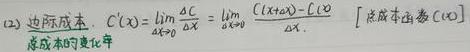
(2) 边际成本. $C'(x)=\lim\limits_{\Delta x \to 0}\frac{\Delta C}{\Delta x}=\lim\limits_{\Delta x \to 0}\frac{C(x+\Delta x)-C(x)}{\Delta x}.$  [总成本函数 $C(x)$ 总成本的变化率]